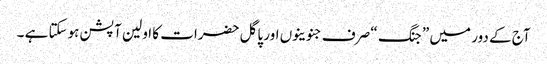
آج کے دور میں ” جنگ “ صرف جنوینوں اور پاگل حضرات کا اولین آپشن ہوسکتا ہے ۔